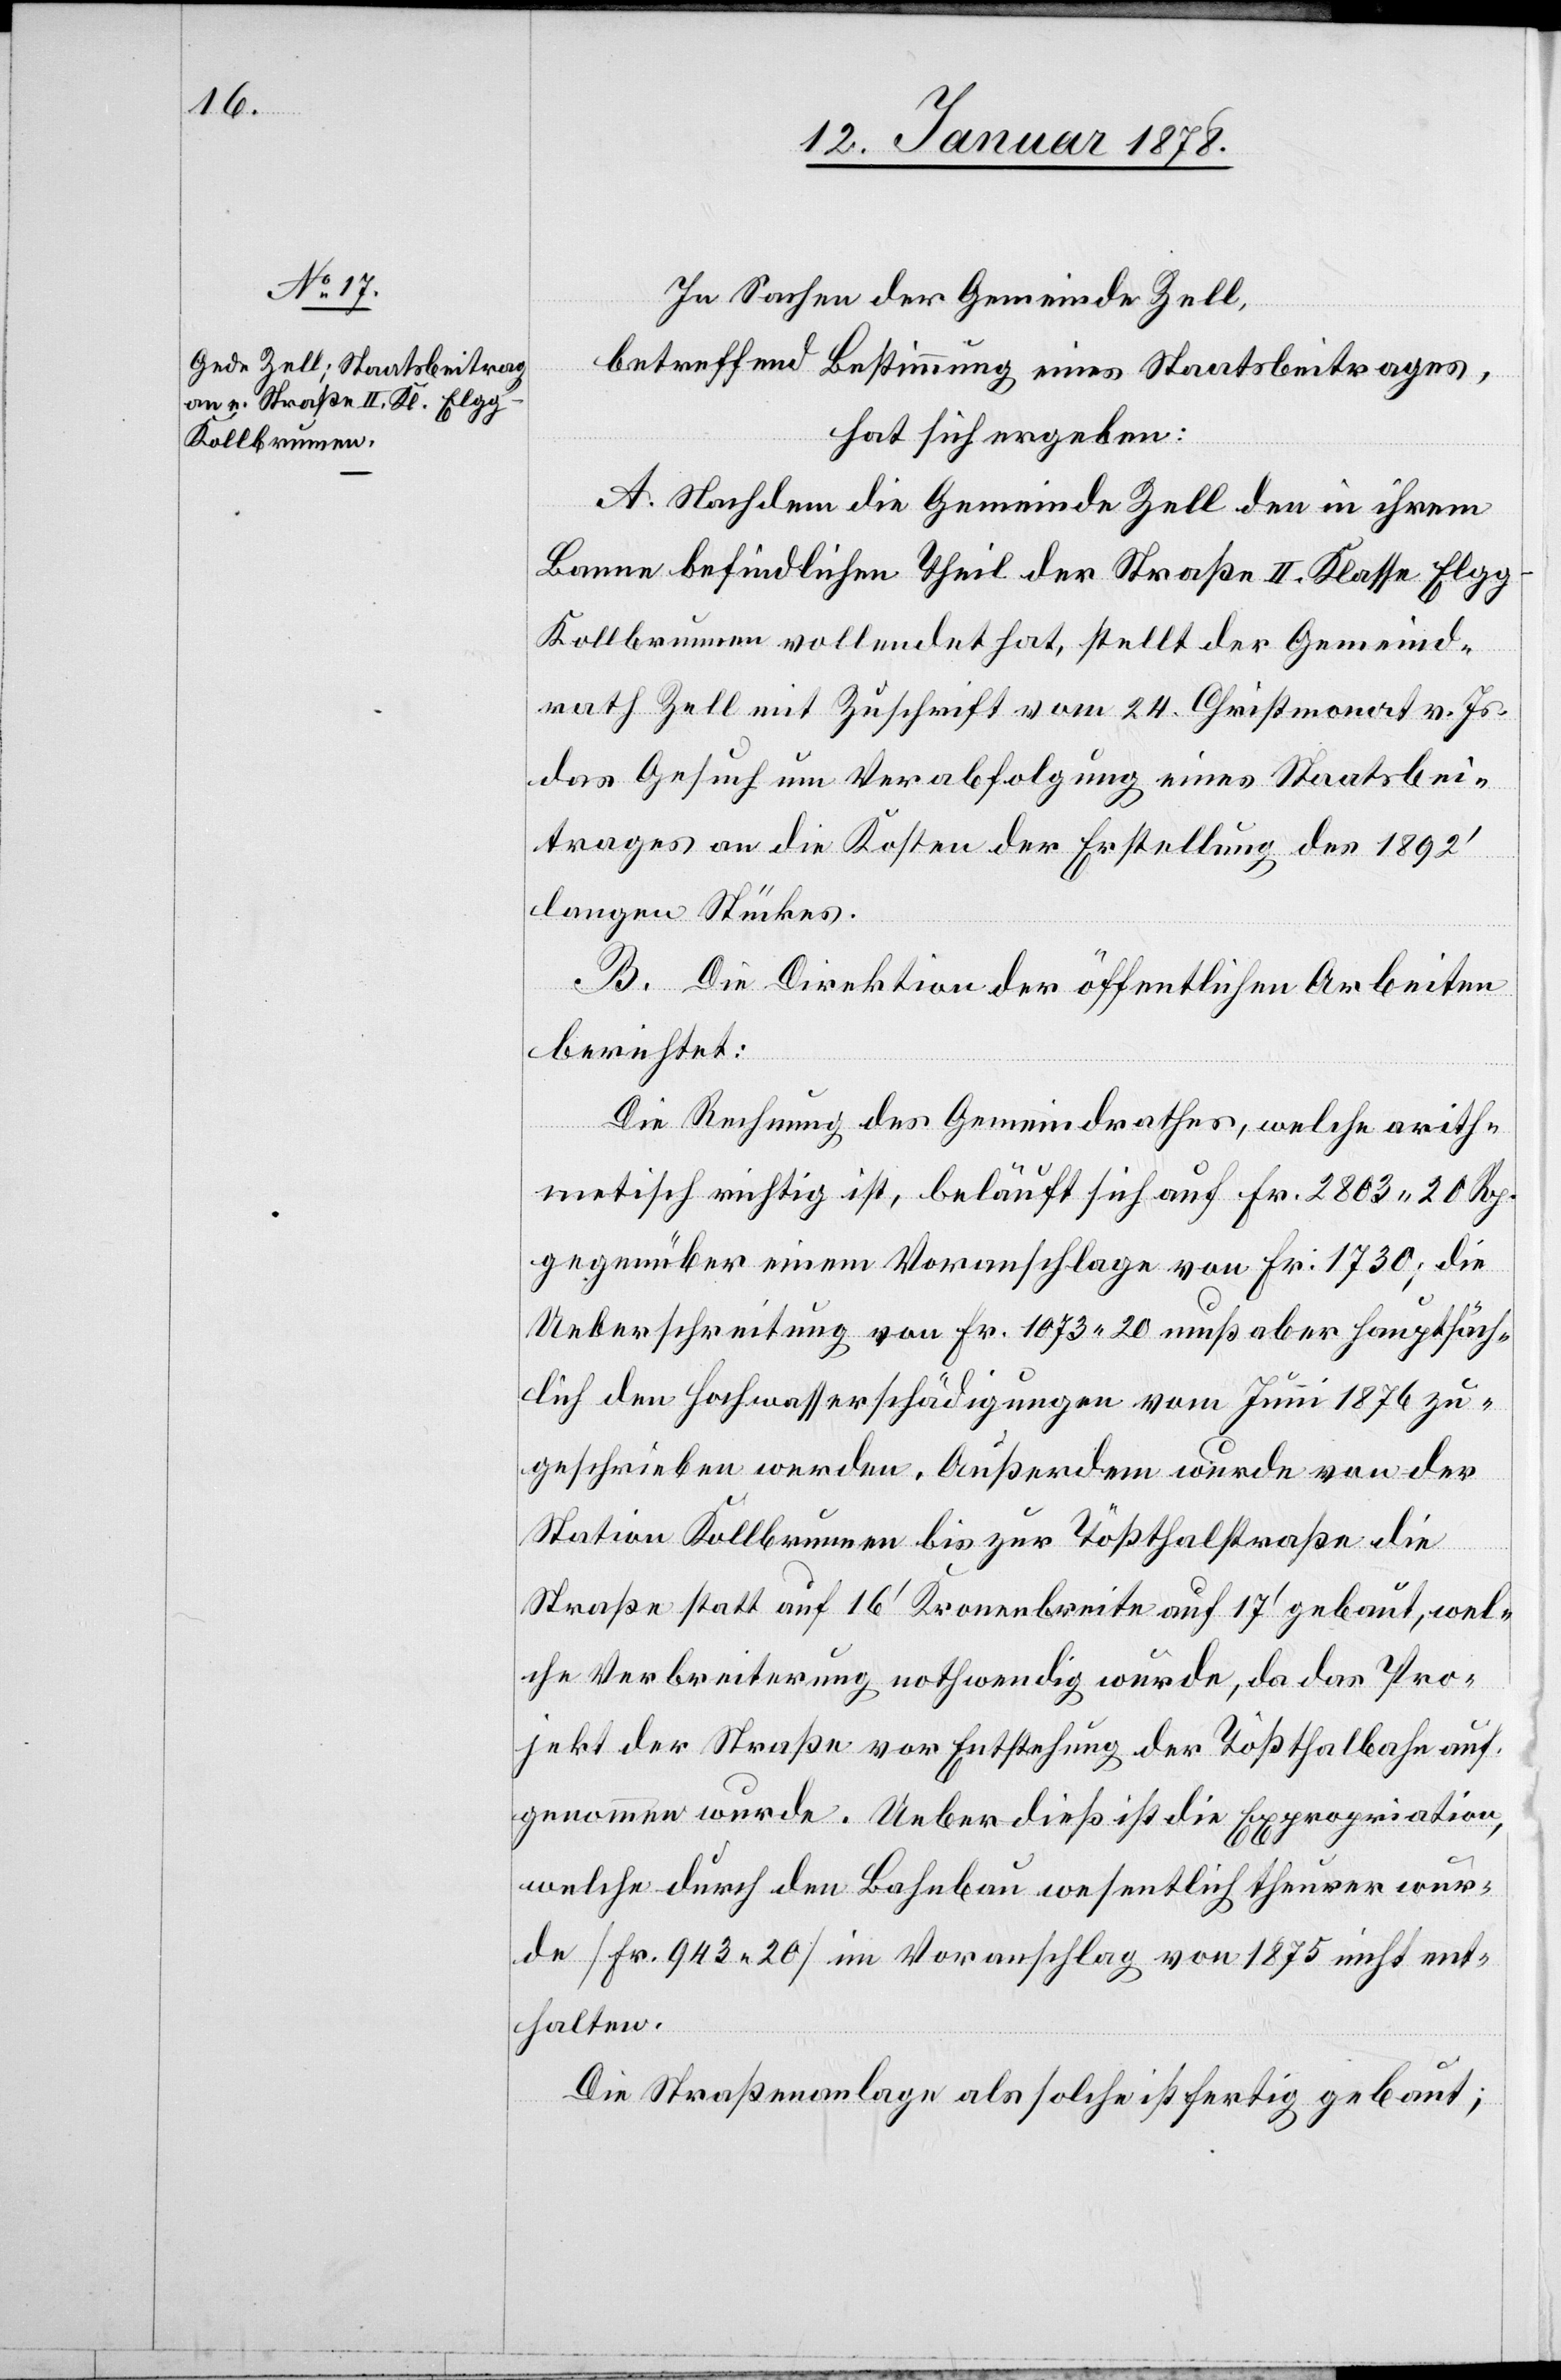
In Sachen der Gemeinde Zell,
betreffend Bestimmung eines Staatsbeitrages,
hat sich ergeben:
A. Nachdem die Gemeinde Zell den in ihrem
Banne befindlichen Theil der Straße II. Klasse Elg¬
g–Kollbrunnen vollendet hat, stellt der Gemeind¬
rath Zell mit Zuschrift vom 24 Christmonat v. Js.
das Gesuch um Verabfolgung eines Staatsbei¬
trages an die Kosten der Erstellung des 1822’
langen Stückes.
B. Die Direktion der öffentlichen Arbeiten
berichtet:
Die Rechnung des Gemeindrathes, welche arith¬
metisch richtig ist, beläuft sich auf Fr. 2803. 20 Rp.
gegenüber einem Voranschlage von Fr. 1730; die
Uebeschreitung von Fr. 1073.20 muß aber hauptsäch¬
lich den Hochwasserschädigungen vom Juni 1876 zu¬
geschrieben werden. Außerdem wurde von der
Station Kollbrunnen bis zur Tößthalstraße die
Straße statt auf 16’ Kronenbreite auf 17’ gebaut, wel¬
che Verbreitung nothwendig wurde, da das Pro¬
jekt der Straße vor Entstehung der Tößthalbahn auf¬
genommen wurde. Ueberdieß ist die Expropriation,
welche durch den Bahnbau wesentlich theurer wur¬
de [Fr. 943.20] im Voranschlag von 1875 nicht ent¬
halten.
Die Straßenanlage als solche ist fertig gebaut;